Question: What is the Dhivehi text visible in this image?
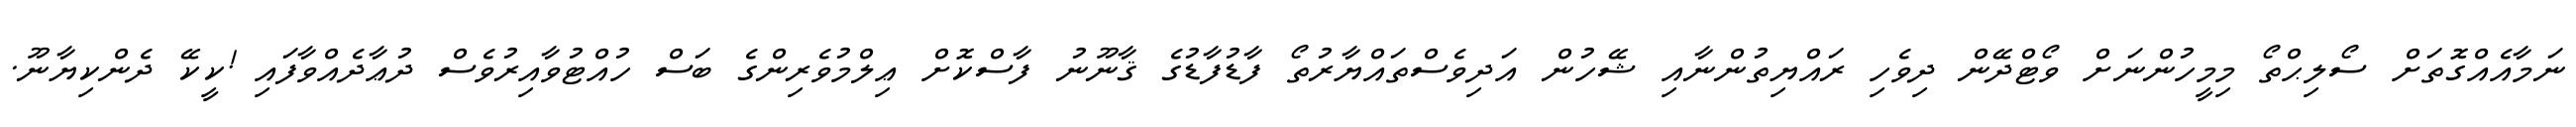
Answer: ނަމާއެއްގޮތަށް ސޯލިޙްތޯ މިމީހުންނަށް ވޯޓްދޭން ދިވެހި ރައްޔިތުންނާއި ޝޭހުން އަދިވެސްތައްޔާރުތޯ ފާޑުފާޑުގެ ޤާނޫނު ފާސްކޮށް ޢިލްމުވެރިންގެ ބަސް ހުއްޓުވާއިރުވެސް ދުޢާދެއްވާފައި !ކީކޭ ދެންކިޔާނޫ.